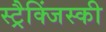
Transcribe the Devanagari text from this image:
स्ट्रैक्जिंस्की